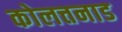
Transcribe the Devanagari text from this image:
कोलत्तनाड